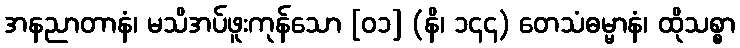
အနညာတာနံ၊ မသိအပ်ဖူးကုန်သော [၀၁] (နိ၊ ၁၄၄) တေသံဓမ္မာနံ၊ ထိုသစ္စာ